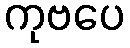
ကုဗပေ